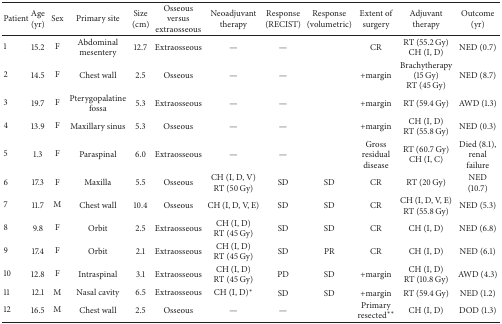
<table><thead><tr><td><b>Patient</b></td><td><b>Age (yr)</b></td><td><b>Sex</b></td><td><b>Primary site</b></td><td><b>Size (cm)</b></td><td><b>Osseous versus extraosseous</b></td><td><b>Neoadjuvant therapy</b></td><td><b>Response (RECIST)</b></td><td><b>Response (volumetric)</b></td><td><b>Extent of surgery</b></td><td><b>Adjuvant therapy</b></td><td><b>Outcome (yr)</b></td></tr></thead><tbody><tr><td>1 </td><td>15.2</td><td>F</td><td>Abdominal mesentery</td><td>12.7</td><td>Extraosseous</td><td>—</td><td>—</td><td> </td><td>CR</td><td>RT (55.2 Gy) CH (I, D)</td><td>NED (0.7)</td></tr><tr><td>2 </td><td>14.5</td><td>F</td><td>Chest wall</td><td>2.5</td><td>Osseous</td><td>—</td><td>—</td><td> </td><td>+margin</td><td>Brachytherapy (15 Gy) RT (45 Gy) </td><td>NED (8.7)</td></tr><tr><td>3 </td><td>19.7</td><td>F</td><td>Pterygopalatine fossa</td><td>5.3</td><td>Extraosseous</td><td>—</td><td>—</td><td> </td><td>+margin</td><td>RT (59.4 Gy)</td><td>AWD (1.3)</td></tr><tr><td>4 </td><td>13.9</td><td>F</td><td>Maxillary sinus</td><td>5.3</td><td>Osseous</td><td>—</td><td>—</td><td> </td><td>+margin</td><td>CH (I, D)RT (55.8 Gy)</td><td>NED (0.3)</td></tr><tr><td>5 </td><td>1.3</td><td>F</td><td>Paraspinal</td><td>6.0</td><td>Extraosseous</td><td>—</td><td>—</td><td> </td><td>Gross residual disease</td><td>RT (60.7 Gy)CH (I, C)</td><td>Died (8.1), renal failure</td></tr><tr><td>6 </td><td>17.3</td><td>F</td><td>Maxilla</td><td>5.5</td><td>Osseous</td><td>CH (I, D, V)RT (50 Gy)</td><td>SD</td><td>SD</td><td>CR</td><td>RT (20 Gy)</td><td>NED (10.7)</td></tr><tr><td>7 </td><td>11.7</td><td>M</td><td>Chest wall</td><td>10.4</td><td>Osseous</td><td>CH (I, D, V, E)</td><td>SD</td><td>SD</td><td>CR</td><td>CH (I, D, V, E) RT (55.8 Gy)</td><td>NED (5.3)</td></tr><tr><td>8 </td><td>9.8</td><td>F</td><td>Orbit</td><td>2.5</td><td>Extraosseous</td><td>CH (I, D) RT (45 Gy)</td><td>SD</td><td>SD</td><td>CR</td><td>CH (I, D)</td><td>NED (6.8)</td></tr><tr><td>9 </td><td>17.4</td><td>F</td><td>Orbit</td><td>2.1</td><td>Extraosseous</td><td>CH (I, D) RT (45 Gy)</td><td>SD</td><td>PR</td><td>CR</td><td>CH (I, D)</td><td>NED (6.1)</td></tr><tr><td>10 </td><td>12.8</td><td>F</td><td>Intraspinal</td><td>3.1</td><td>Extraosseous</td><td>CH (I, D) RT (45 Gy)</td><td>PD</td><td>SD</td><td>+margin</td><td>CH (I, D) RT (10.8 Gy)</td><td>AWD (4.3)</td></tr><tr><td>11 </td><td>12.1</td><td>M</td><td>Nasal cavity</td><td>6.5</td><td>Extraosseous</td><td>CH (I, D)<sup><i>∗</i></sup></td><td>SD</td><td>SD</td><td>+margin</td><td>RT (59.4 Gy)</td><td>NED (1.2)</td></tr><tr><td>12</td><td>16.5</td><td>M</td><td>Chest wall</td><td>2.5</td><td>Osseous</td><td>—</td><td>—</td><td> </td><td>Primary resected<sup><i>∗∗</i></sup></td><td>CH (I, D)</td><td>DOD (1.3)</td></tr></tbody></table>